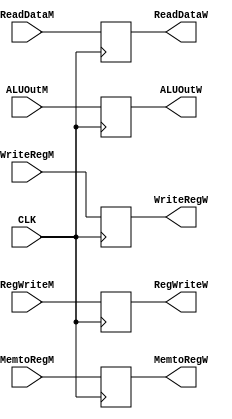
module PipelineWD (
    input CLK,
    input wire RegWriteM,
    input wire MemtoRegM,
    input wire[31:0] ReadDataM,
    input wire[31:0] ALUOutM,
    input wire[4:0] WriteRegM,
    output reg RegWriteW,
    output reg MemtoRegW,
    output reg[31:0] ReadDataW,
    output reg[31:0] ALUOutW,
    output reg[4:0] WriteRegW
);

always @(posedge CLK) begin
    RegWriteW <= RegWriteM;
    MemtoRegW <= MemtoRegM;
    ReadDataW <= ReadDataM;
    ALUOutW   <= ALUOutM;
    WriteRegW <= WriteRegM;
end

endmodule